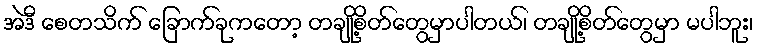
အဲဒီ စေတသိက် ခြောက်ခုကတော့ တချို့စိတ်တွေမှာပါတယ်၊ တချို့စိတ်တွေမှာ မပါဘူး၊